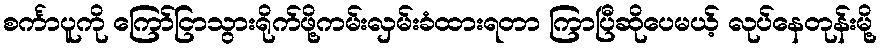
စင်္ကာပူကို ကြော်ငြာသွားရိုက်ဖို့ကမ်းလှမ်းခံထားရတာ ကြာပြီဆိုပေမယ့် လုပ်နေတုန်းမို့